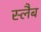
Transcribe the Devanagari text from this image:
स्‍लैब